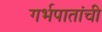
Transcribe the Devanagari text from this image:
गर्भपातांची